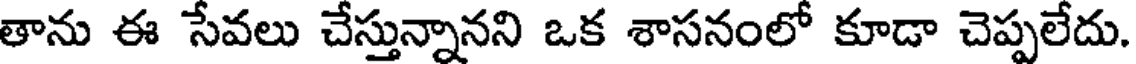
తాను ఈ సేవలు చేస్తున్నానని ఒక శాసనంలో కూడా చెప్పలేదు.